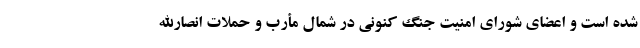
شده است و اعضای شورای امنیت جنگ کنونی در شمال مأرب و حملات انصارالله